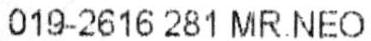
019-2616 281 MR.NEO